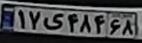
۱۷ی۴۸۴۶۸